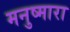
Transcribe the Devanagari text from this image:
मनुष्मारा